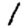
Digit: 1